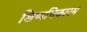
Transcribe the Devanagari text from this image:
शिप्पधिकारम